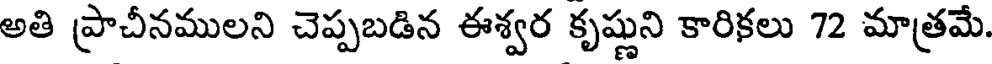
అతి ప్రాచీనములని చెప్పబడిన ఈశ్వర కృష్ణుని కారికలు 72 మాత్రమే.